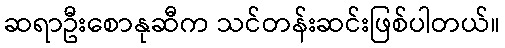
ဆရာဦးစောနုဆီက သင်တန်းဆင်းဖြစ်ပါတယ်။